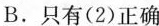
B.只有(2)正确